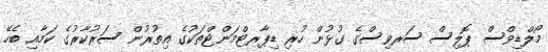
މޯލްޑިވްސް ޕޮލިސް ސަރވިސްގެ ގުޅުން ހުރި ޑިޕާރޓްމަންޓްތަކުގެ އިތުރުން ސަރުކާރުގެ ކަމާއި ބެހޭ